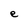
Character: e